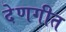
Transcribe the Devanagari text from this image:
देणगीत